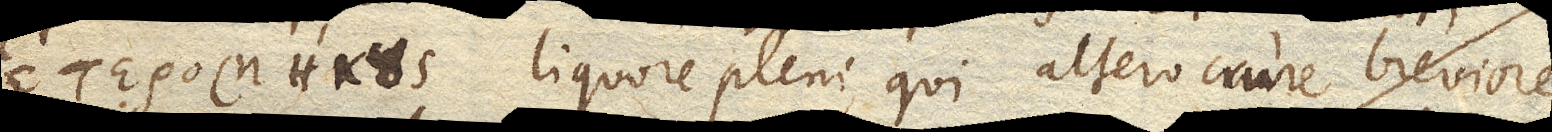
ἑτερομήϰονς liquore pleni, qui altero crure breviore